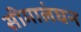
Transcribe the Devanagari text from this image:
सीमालंघन